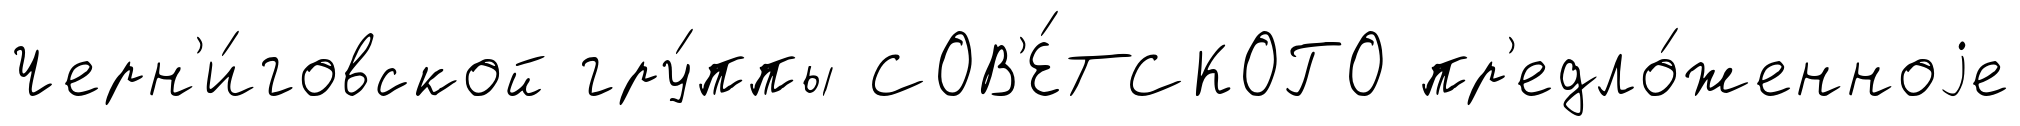
Черн'и́говской гру́ппы СОВ'Е́ТСКОГО пр'едло́женноjе